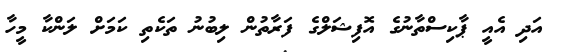
އަދި އެއީ ޕާކިސްތާނުގެ އޮފިޝަލްގެ ފަރާތުން ލިބުނު ތަކެތި ކަމަށް ލަންކާ މީހާ